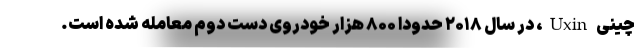
چینی Uxin، در سال ۲۰۱۸ حدودا ۸۰۰ هزار خودروی دست دوم معامله شده است.